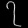
Digit: ၇